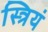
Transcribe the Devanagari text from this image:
स्त्रियं